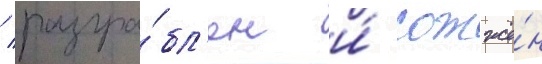
/ разгра́бл'ен и́ сожжё́н